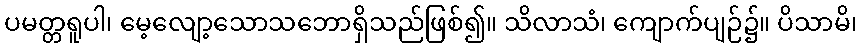
ပမတ္တရူပါ၊ မေ့လျော့သောသဘောရှိသည်ဖြစ်၍။ သိလာသံ၊ ကျောက်ပျဉ်၌။ ပိသာမိ၊